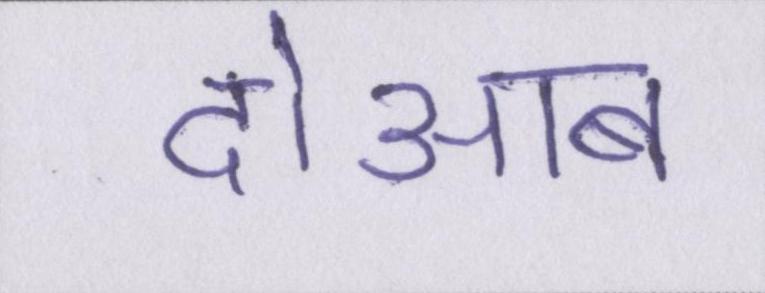
दोआब